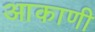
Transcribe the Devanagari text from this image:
आकाणी